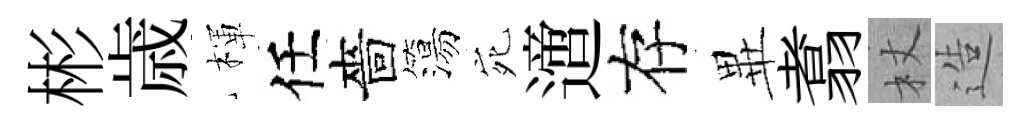
彬歳楎任嗇簜宛𨗁存𭺾翥杖造